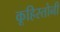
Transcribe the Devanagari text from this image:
कूहिस्तोनी